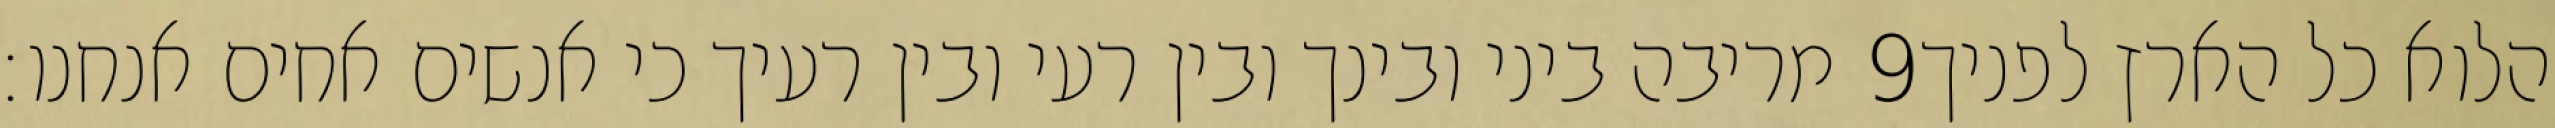
מריבה ביני ובינך ובין רעי ובין רעיך כי אנשים אחים אנחנו׃ ‎9‏ הלוא כל הארץ לפניך